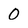
Character: O